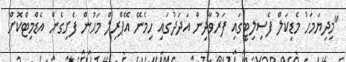
"މިދިޔަމަހު މެޑިކަލް ފެސިލިޓީގައި ފަރުވާދިން އަދަދުގައި ހިމެނޭ އޭޕްރިލް މަހުން ފެށިގެން އެޑްމިޓްކޮށް